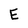
Character: E